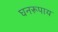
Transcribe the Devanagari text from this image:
घनरूपाय